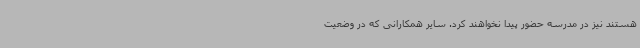
هستند نیز در مدرسه حضور پیدا نخواهند کرد. سایر همکارانی که در وضعیت